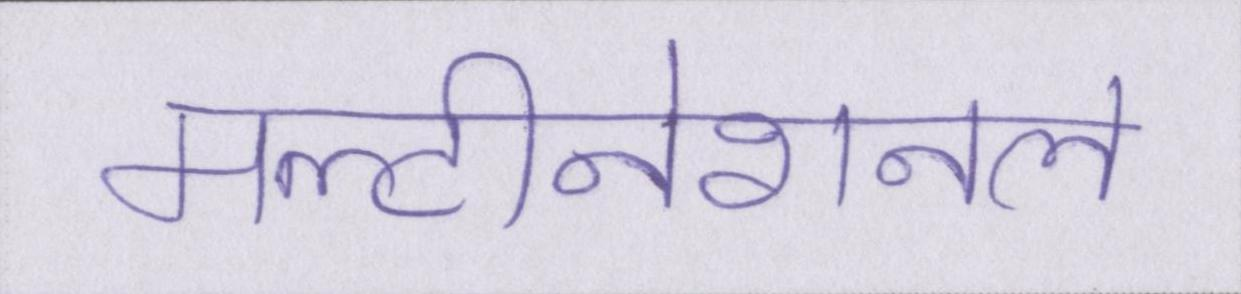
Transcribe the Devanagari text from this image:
मल्टीनेशनल